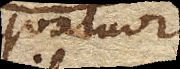
quatuor